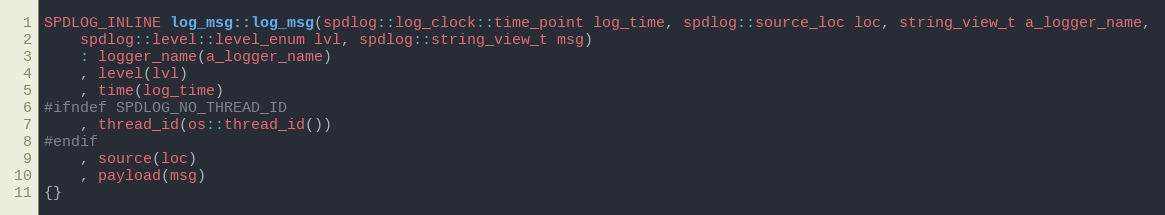
Language: C
SPDLOG_INLINE log_msg::log_msg(spdlog::log_clock::time_point log_time, spdlog::source_loc loc, string_view_t a_logger_name,
    spdlog::level::level_enum lvl, spdlog::string_view_t msg)
    : logger_name(a_logger_name)
    , level(lvl)
    , time(log_time)
#ifndef SPDLOG_NO_THREAD_ID
    , thread_id(os::thread_id())
#endif
    , source(loc)
    , payload(msg)
{}